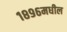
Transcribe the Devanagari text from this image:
१८९६मधील